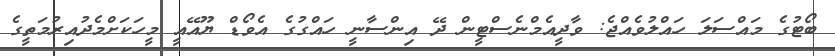
ބޯޓުގެ މައްސަލަ ހައްލުވެއްޖެ: ވާދީއެމްނެސްޓީން ދޭ އިންސާނީ ހައްގުގެ އެވޯޑް ޔޫއޭއީ މީހަކަށްމެދުއިރުމަތީގެ